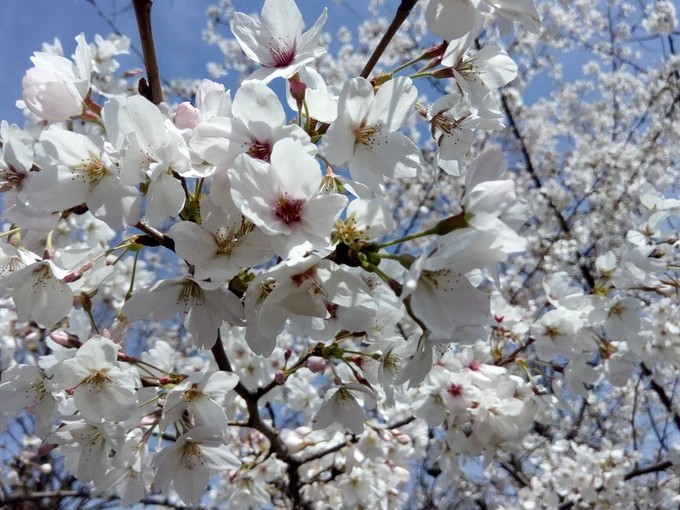
白锦无纹香烂漫，玉树琼葩堆雪。